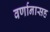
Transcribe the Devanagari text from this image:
वर्णानासह